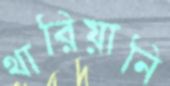
থারিয়ানি